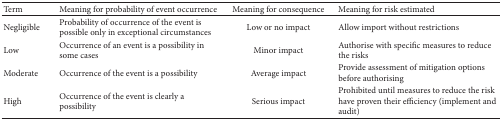
<table><thead><tr><td><b>Term</b></td><td><b>Meaning for probability of event occurrence</b></td><td><b>Meaning for consequence</b></td><td><b>Meaning for risk estimated</b></td></tr></thead><tbody><tr><td>Negligible</td><td>Probability of occurrence of the event is possible only in exceptional circumstances</td><td>Low or no impact</td><td>Allow import without restrictions</td></tr><tr><td>Low</td><td>Occurrence of an event is a possibility in some cases</td><td>Minor impact</td><td>Authorise with specific measures to reduce the risks</td></tr><tr><td>Moderate</td><td>Occurrence of the event is a possibility</td><td>Average impact</td><td>Provide assessment of mitigation options before authorising</td></tr><tr><td>High</td><td>Occurrence of the event is clearly a possibility</td><td>Serious impact</td><td>Prohibited until measures to reduce the risk have proven their efficiency (implement and audit)</td></tr></tbody></table>